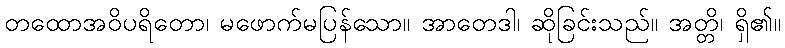
တထောအဝိပရိတော၊ မဖောက်မပြန်သော။ အာတေဒါ၊ ဆိုခြင်းသည်။ အတ္တိ၊ ရှိ၏။